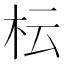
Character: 枟